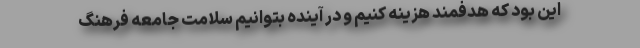
این بود که هدفمند هزینه کنیم و در آینده بتوانیم سلامت جامعه فرهنگ